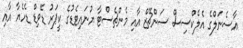
އާސެނަލްގެ އެލެކްސިސް ސަންޗޭޒް އާއި މެންޗެސްޓާ ޔުނައިޓެޑުގެ ކީޕަރު ޑޭވިޑް ޑެހެޔާ އާއި